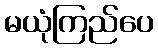
မယုံကြည်ပေ